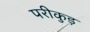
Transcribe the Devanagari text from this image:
परीकुड़